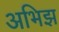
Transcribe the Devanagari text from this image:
अभिझ